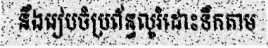
នឹងរៀបចំប្រព័ន្ធលូរំដោះទឹកតាម